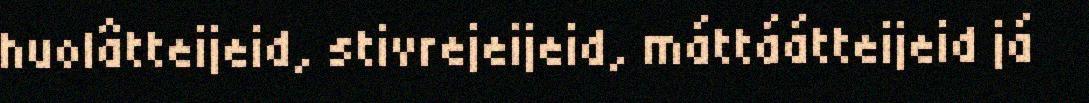
huolâtteijeid, stivrejeijeid, máttáátteijeid já